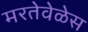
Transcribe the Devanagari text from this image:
मरतेवेळेस